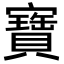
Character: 寶